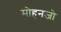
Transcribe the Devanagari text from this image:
मोहनजो